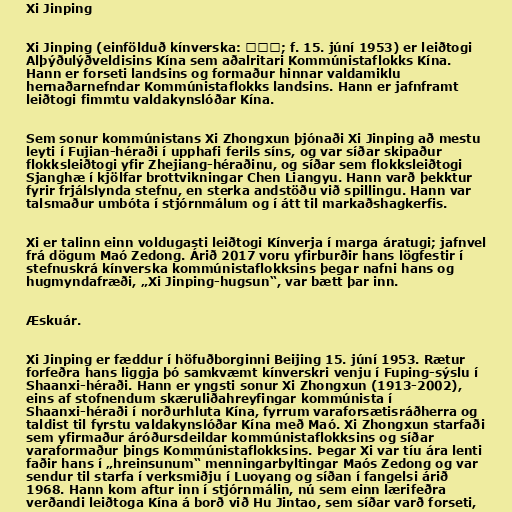
Xi Jinping

Xi Jinping (einfölduð kínverska: 习近平; f. 15. júní 1953) er leiðtogi
Alþýðulýðveldisins Kína sem aðalritari Kommúnistaflokks Kína.
Hann er forseti landsins og formaður hinnar valdamiklu
hernaðarnefndar Kommúnistaflokks landsins. Hann er jafnframt
leiðtogi fimmtu valdakynslóðar Kína.

Sem sonur kommúnistans Xi Zhongxun þjónaði Xi Jinping að mestu
leyti í Fujian-héraði í upphafi ferils síns, og var síðar skipaður
flokksleiðtogi yfir Zhejiang-héraðinu, og síðar sem flokksleiðtogi
Sjanghæ í kjölfar brottvikningar Chen Liangyu. Hann varð þekktur
fyrir frjálslynda stefnu, en sterka andstöðu við spillingu. Hann var
talsmaður umbóta í stjórnmálum og í átt til markaðshagkerfis.

Xi er talinn einn voldugasti leiðtogi Kínverja í marga áratugi; jafnvel
frá dögum Maó Zedong. Árið 2017 voru yfirburðir hans lögfestir í
stefnuskrá kínverska kommúnistaflokksins þegar nafni hans og
hugmyndafræði, „Xi Jinping-hugsun“, var bætt þar inn.

Æskuár.

Xi Jinping er fæddur í höfuðborginni Beijing 15. júní 1953. Rætur
forfeðra hans liggja þó samkvæmt kínverskri venju í Fuping-sýslu í
Shaanxi-héraði. Hann er yngsti sonur Xi Zhongxun (1913-2002),
eins af stofnendum skæruliðahreyfingar kommúnista í
Shaanxi-héraði í norðurhluta Kína, fyrrum varaforsætisráðherra og
taldist til fyrstu valdakynslóðar Kína með Maó. Xi Zhongxun starfaði
sem yfirmaður áróðursdeildar kommúnistaflokksins og síðar
varaformaður þings Kommúnistaflokksins. Þegar Xi var tíu ára lenti
faðir hans í „hreinsunum“ menningarbyltingar Maós Zedong og var
sendur til starfa í verksmiðju í Luoyang og síðan í fangelsi árið
1968. Hann kom aftur inn í stjórnmálin, nú sem einn lærifeðra
verðandi leiðtoga Kína á borð við Hu Jintao, sem síðar varð forseti,